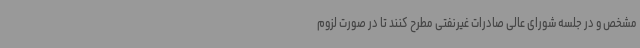
مشخص و در جلسه شورای عالی صادرات غیرنفتی مطرح کنند تا در صورت لزوم